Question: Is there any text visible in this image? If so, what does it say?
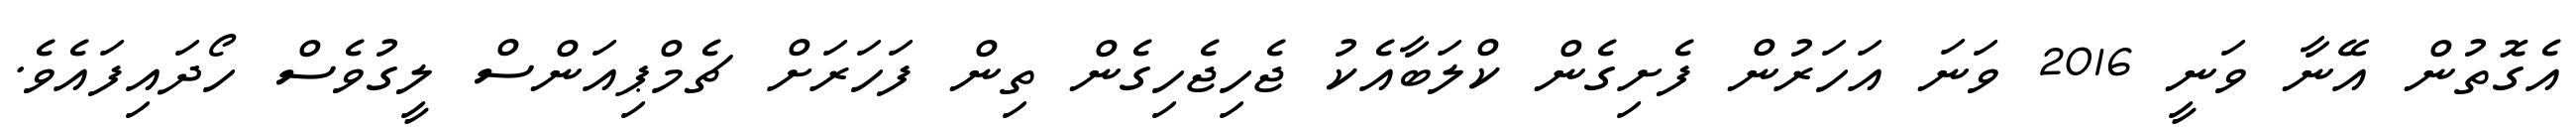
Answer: އެގޮތުން އޭނާ ވަނީ 2016 ވަނަ އަހަރުން ފެށިގެން ކްލަބާއެކު ޖެހިޖެހިގެން ތިން ފަހަރަށް ޗެމްޕިއަންސް ލީގުވެސް ހޯދައިފައެވެ.